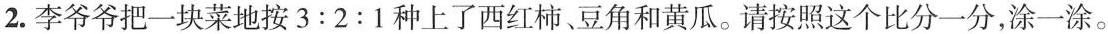
2.李爷爷把一块菜地按$$3 : 2 : 1$$种上了西红柿、豆角和黄瓜。请按照这个比分一分，涂一涂。